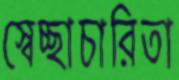
স্বেচ্ছাচারিতা